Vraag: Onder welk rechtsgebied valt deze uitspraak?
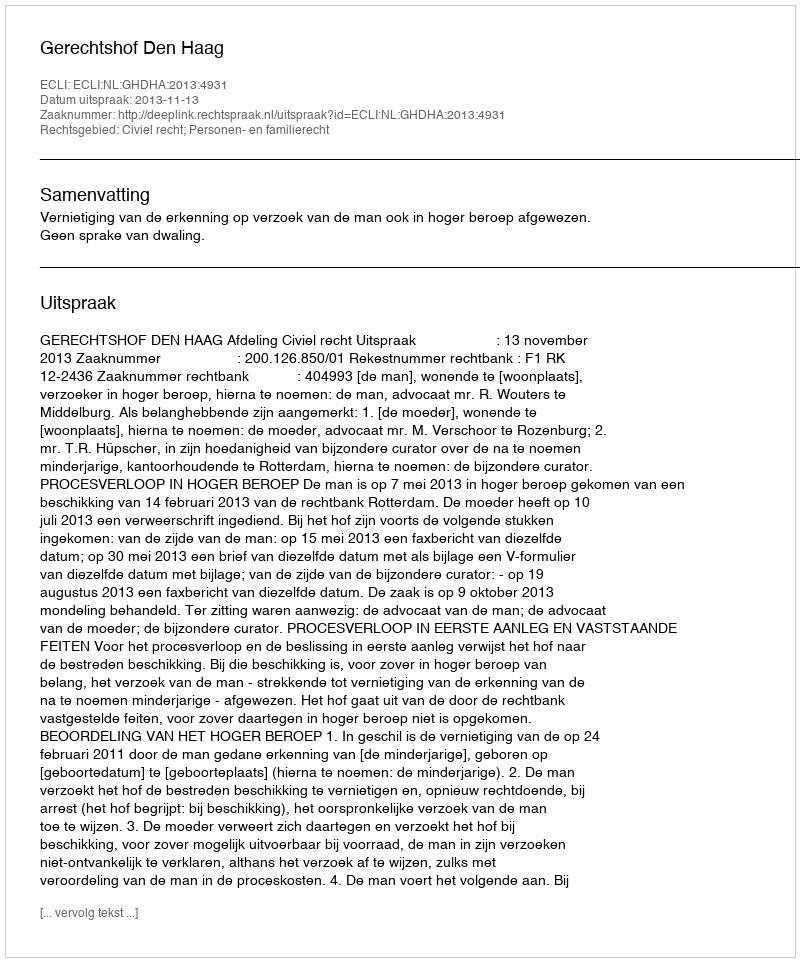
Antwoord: Civiel recht; Personen- en familierecht